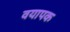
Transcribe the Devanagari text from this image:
वयापक